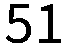
51